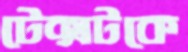
টেক্সটকে